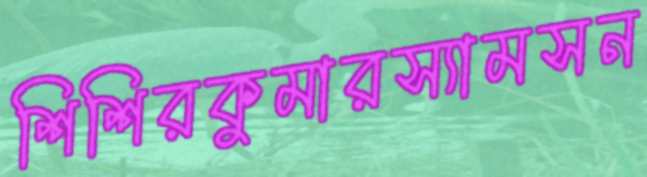
শিশিরকুমারস্যামসন